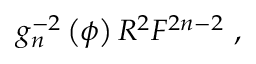
g _ { n } ^ { - 2 } \left( \phi \right) R ^ { 2 } F ^ { 2 n - 2 } \ ,